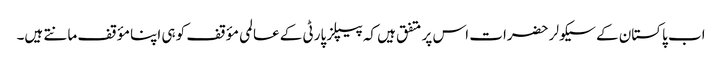
اب پاکستان کے سیکولر حضرات اس پر متفق ہیں کہ پیپلز پارٹی کے عالمی مؤقف کو ہی اپنا مؤقف مانتے ہیں۔